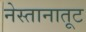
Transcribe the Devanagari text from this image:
नेस्तानातूट